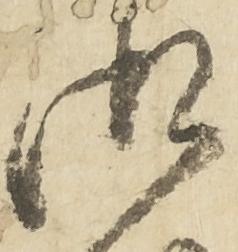
御